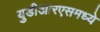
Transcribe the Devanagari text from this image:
युडीआरएसमध्ये